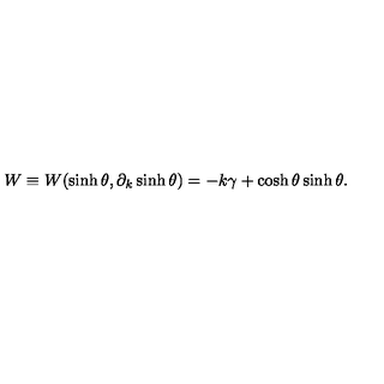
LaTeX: W \equiv W ( \sinh \theta , \partial _ { k } \sinh \theta ) = - k \gamma + \cosh \theta \sinh \theta .